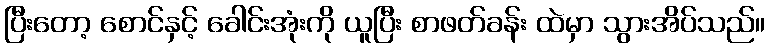
ပြီးတော့ စောင်နှင့် ခေါင်းအုံးကို ယူပြီး စာဖတ်ခန်း ထဲမှာ သွားအိပ်သည်။